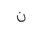
Letter: _non